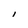
Character: l